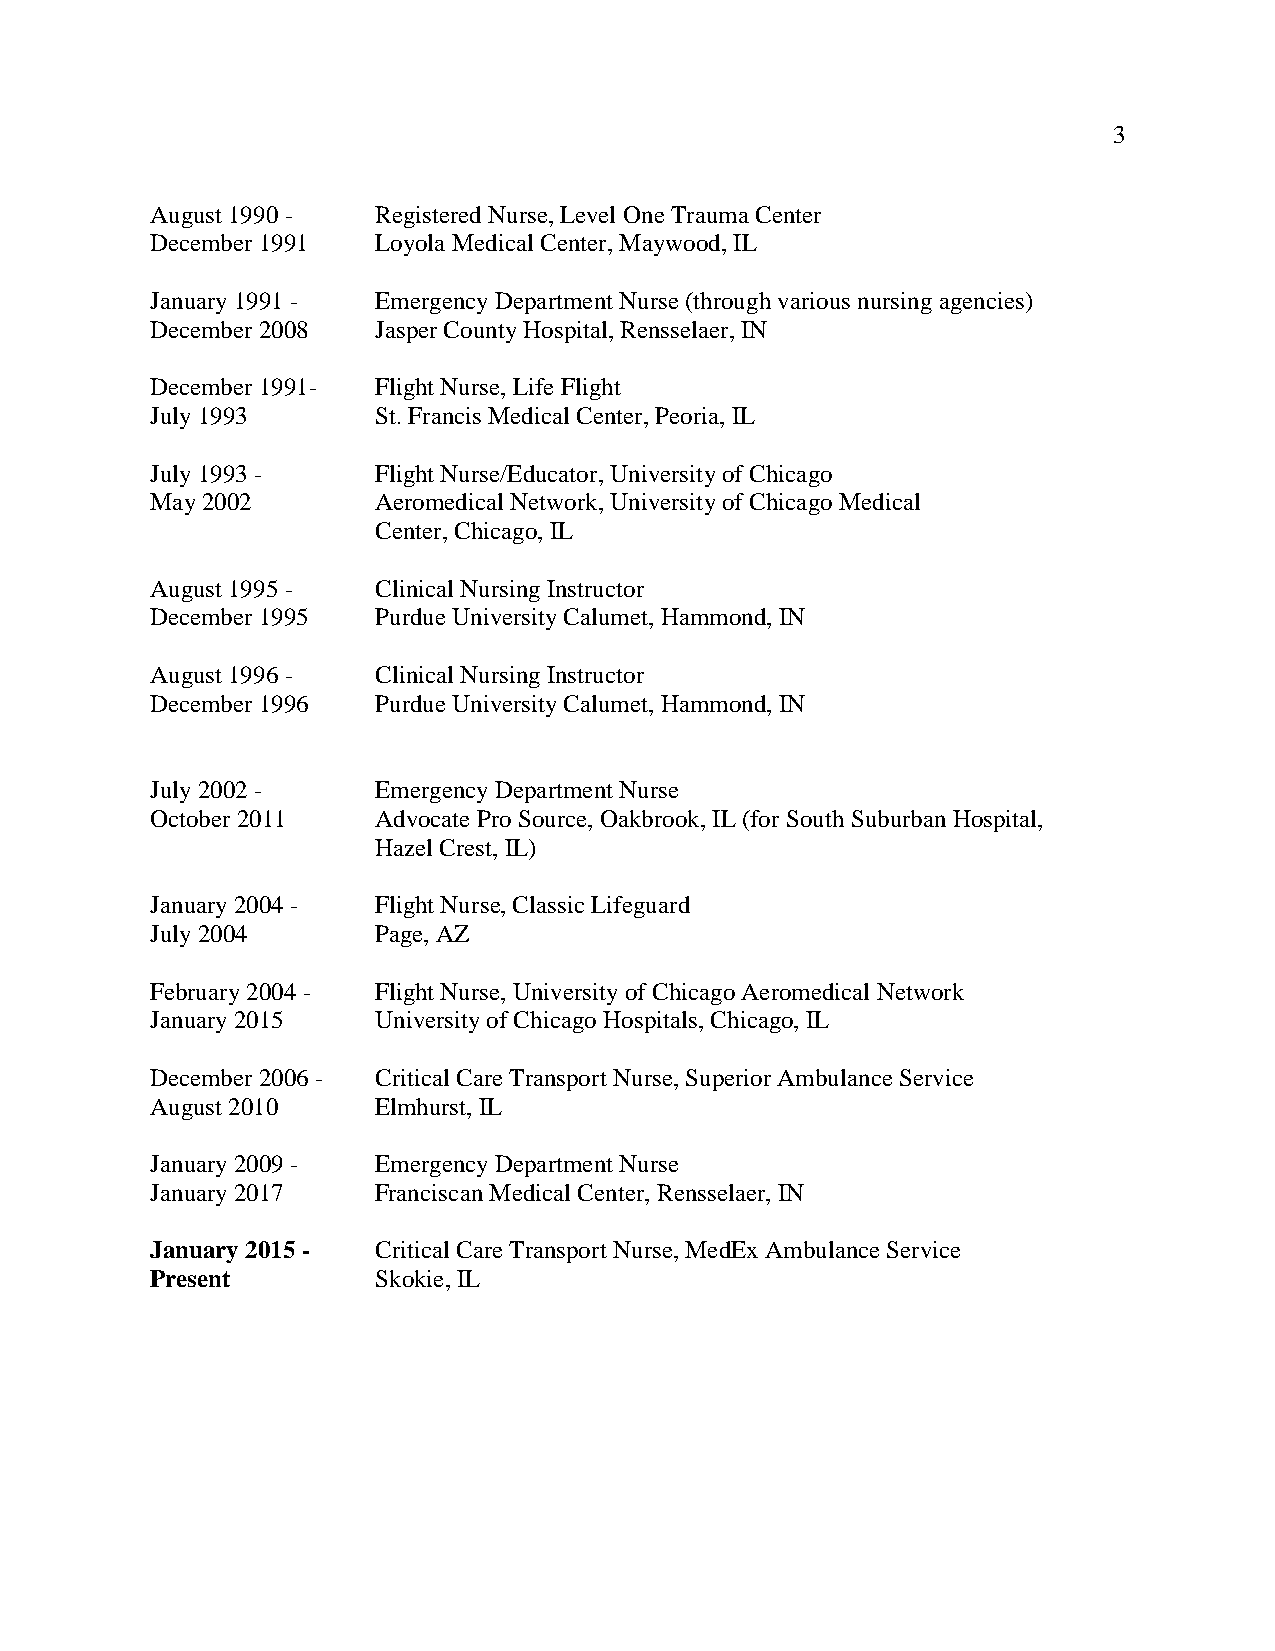
3
 August 1990 -  Registered Nurse, Level One Trauma Center
 December 1991  Loyola Medical Center, Maywood, IL
 January 1991 - Emergency Department Nurse (through various nursing agencies)
 December 2008  Jasper County Hospital, Rensselaer, IN
 December 1991- Flight Nurse, Life Flight
 July 1993      St. Francis Medical Center, Peoria, IL
 July 1993 -    Flight Nurse/Educator, University of Chicago
 May 2002       Aeromedical Network, University of Chicago Medical
 Center, Chicago, IL
 August 1995 -  Clinical Nursing Instructor
 December 1995  Purdue University Calumet, Hammond, IN
 August 1996 -  Clinical Nursing Instructor
 December 1996  Purdue University Calumet, Hammond, IN
 July 2002 -    Emergency Department Nurse
 October 2011   Advocate Pro Source, Oakbrook, IL (for South Suburban Hospital,
 Hazel Crest, IL)
 January 2004 - Flight Nurse, Classic Lifeguard
 July 2004      Page, AZ
 February 2004 - Flight Nurse, University of Chicago Aeromedical Network
 January 2015   University of Chicago Hospitals, Chicago, IL
 December 2006 - Critical Care Transport Nurse, Superior Ambulance Service
 August 2010    Elmhurst, IL
 January 2009 - Emergency Department Nurse
 January 2017   Franciscan Medical Center, Rensselaer, IN
 January 2015 - Critical Care Transport Nurse, MedEx Ambulance Service
 Present        Skokie, IL